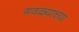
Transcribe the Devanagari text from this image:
गवळ्याच्या